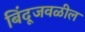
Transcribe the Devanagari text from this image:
बिंदूजवळील